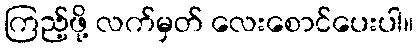
ကြည့်ဖို့ လက်မှတ် လေးစောင်ပေးပါ။